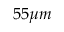
5 5 \mu m